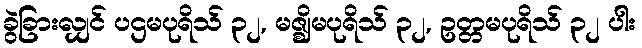
ခွဲခြားလျှင် ပဌမပုရိသ် ၃၂, မဇ္ဈိမပုရိသ် ၃၂, ဥတ္တမပုရိသ် ၃၂ ပါး